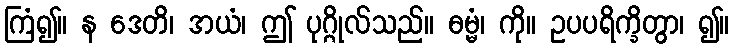
ကြံ၍။ န ဒေတိ၊ အယံ၊ ဤ ပုဂ္ဂိုလ်သည်။ ဓမ္မံ၊ ကို။ ဥပပရိက္ခိတွာ၊ ၍။